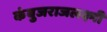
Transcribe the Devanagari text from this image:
कंबुजराजलक्ष्मी